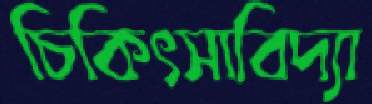
চিকিৎসাবিদ্যা